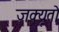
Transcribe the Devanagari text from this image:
ज़क्यूतो